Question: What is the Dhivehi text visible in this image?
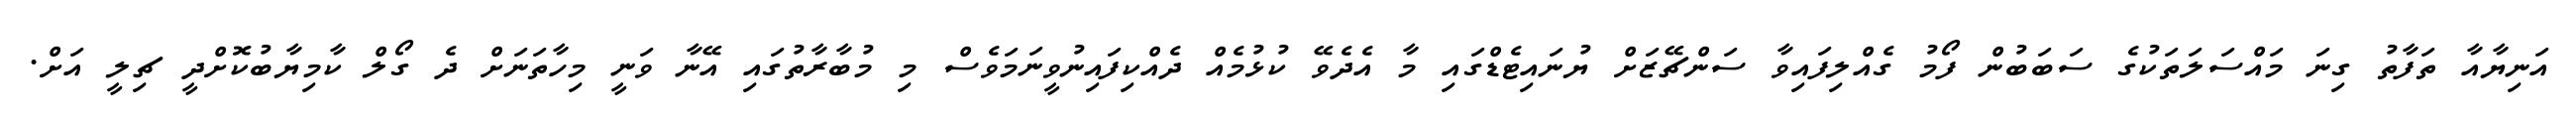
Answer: އަނިޔާއާ ތަފާތު ގިނަ މައްސަލަތަކުގެ ސަބަބުން ފޯމު ގެއްލިފައިވާ ސަންޗޭޒަށް ޔުނައިޓެޑްގައި މާ އެދެވޭ ކުޅުމެއް ދެއްކިފައިނުވީނަމަވެސް މި މުބާރާތުގައި އޭނާ ވަނީ މިހާތަނަށް ދެ ގޯލް ކާމިޔާބުކޮށްދީ ޗިލީ އަށް.